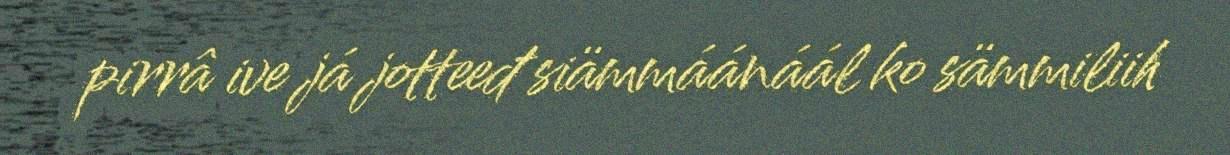
pirrâ ive já jotteeđ siämmáánáál ko sämmiliih